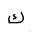
Letter: _kaf